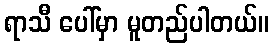
ရာသီ ပေါ်မှာ မူတည်ပါတယ်။